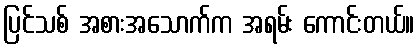
ပြင်သစ် အစားအသောက်က အရမ်း ကောင်းတယ်။